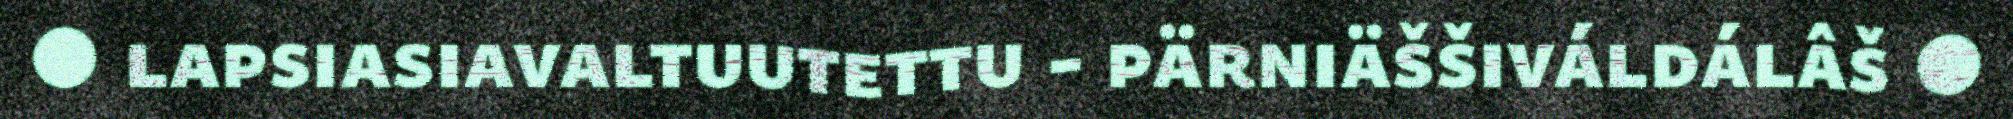
● lapsiasiavaltuutettu - pärniäššiváldálâš ●